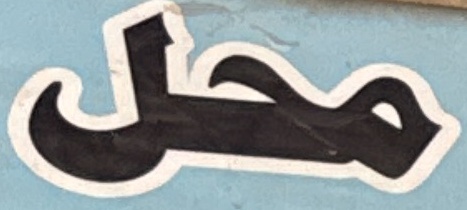
محل